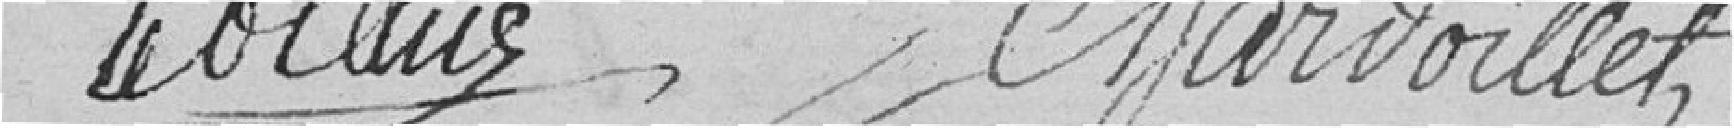
Leblanc, Chardoillet